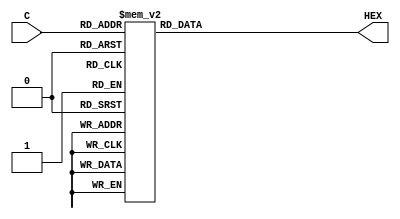
module decoder_TEST
				(input[3:0] C,
				output reg[6:0] HEX);	
	always @(C)
	begin
		case(C)
		4'b0000 : HEX = 7'b1000000;
		4'b0001 : HEX = 7'b1001111;
		4'b0010 : HEX = 7'b0100100;
		4'b0011 : HEX = 7'b0110000;
		4'b0100 : HEX = 7'b0011001;
		4'b0101 : HEX = 7'b0010010;
		4'b0110 : HEX = 7'b0000010;
		4'b0111 : HEX = 7'b1111000;
		4'b1000 : HEX = 7'b0000000;
		4'b1001 : HEX = 7'b0011000;
		4'b1010 : HEX = 7'b1111110;
		4'b1011 : HEX = 7'b1111101;
		4'b1100 : HEX = 7'b1111011;
		4'b1101 : HEX = 7'b1110111;
		4'b1110 : HEX = 7'b1101111;
		4'b1111 : HEX = 7'b1011111;	
		default: HEX = 7'b1111111;
		endcase
	end
endmodule

module part7
			(
				input CLOCK_50,
				input [0:0]KEY,
				input[15:0] SRAM_DQ,
				output SRAM_OE_N,SRAM_WE_N,SRAM_CE_N,SRAM_LB_N,SRAM_UB_N,
				output[19:0] SRAM_ADDR,
				output[6:0] HEX7,HEX6,HEX5,HEX4,HEX3,HEX2,HEX1,HEX0
			);
wire clk1hz;
reg [25:0] count;
reg [3:0] add;


assign SRAM_OE_N=1'b0;
assign SRAM_WE_N=1'b1;
assign SRAM_CE_N=1'b0;
assign SRAM_LB_N=1'b0;
assign SRAM_UB_N=1'b0;

//assign SRAM_ADDR[15:0]=SW[15:0];
assign SRAM_ADDR[19:4]=16'b000000000000000;

always @(posedge CLOCK_50)
begin
if(count==50000000) count<=0;
else count<=count+1'b1;
end
assign clk1hz=count[25];



always @(posedge clk1hz, negedge KEY[0])
begin 
if(~KEY[0]) add<=0;
else add<=add+1'b1;
end
assign SRAM_ADDR[3:0]=add;

decoder_TEST a(SRAM_DQ[15:12],HEX7);
decoder_TEST b(SRAM_DQ[11:8],HEX6);
decoder_TEST c(SRAM_DQ[7:4],HEX5);
decoder_TEST d(SRAM_DQ[3:0],HEX4);
decoder_TEST e(SRAM_ADDR[15:12],HEX3);
decoder_TEST f(SRAM_ADDR[11:8],HEX2);
decoder_TEST g(SRAM_ADDR[7:4],HEX1);
decoder_TEST h(SRAM_ADDR[3:0],HEX0);

endmodule